NAE_ERA_R-1665_Eesti_Kunstnike_Liit, lk 156
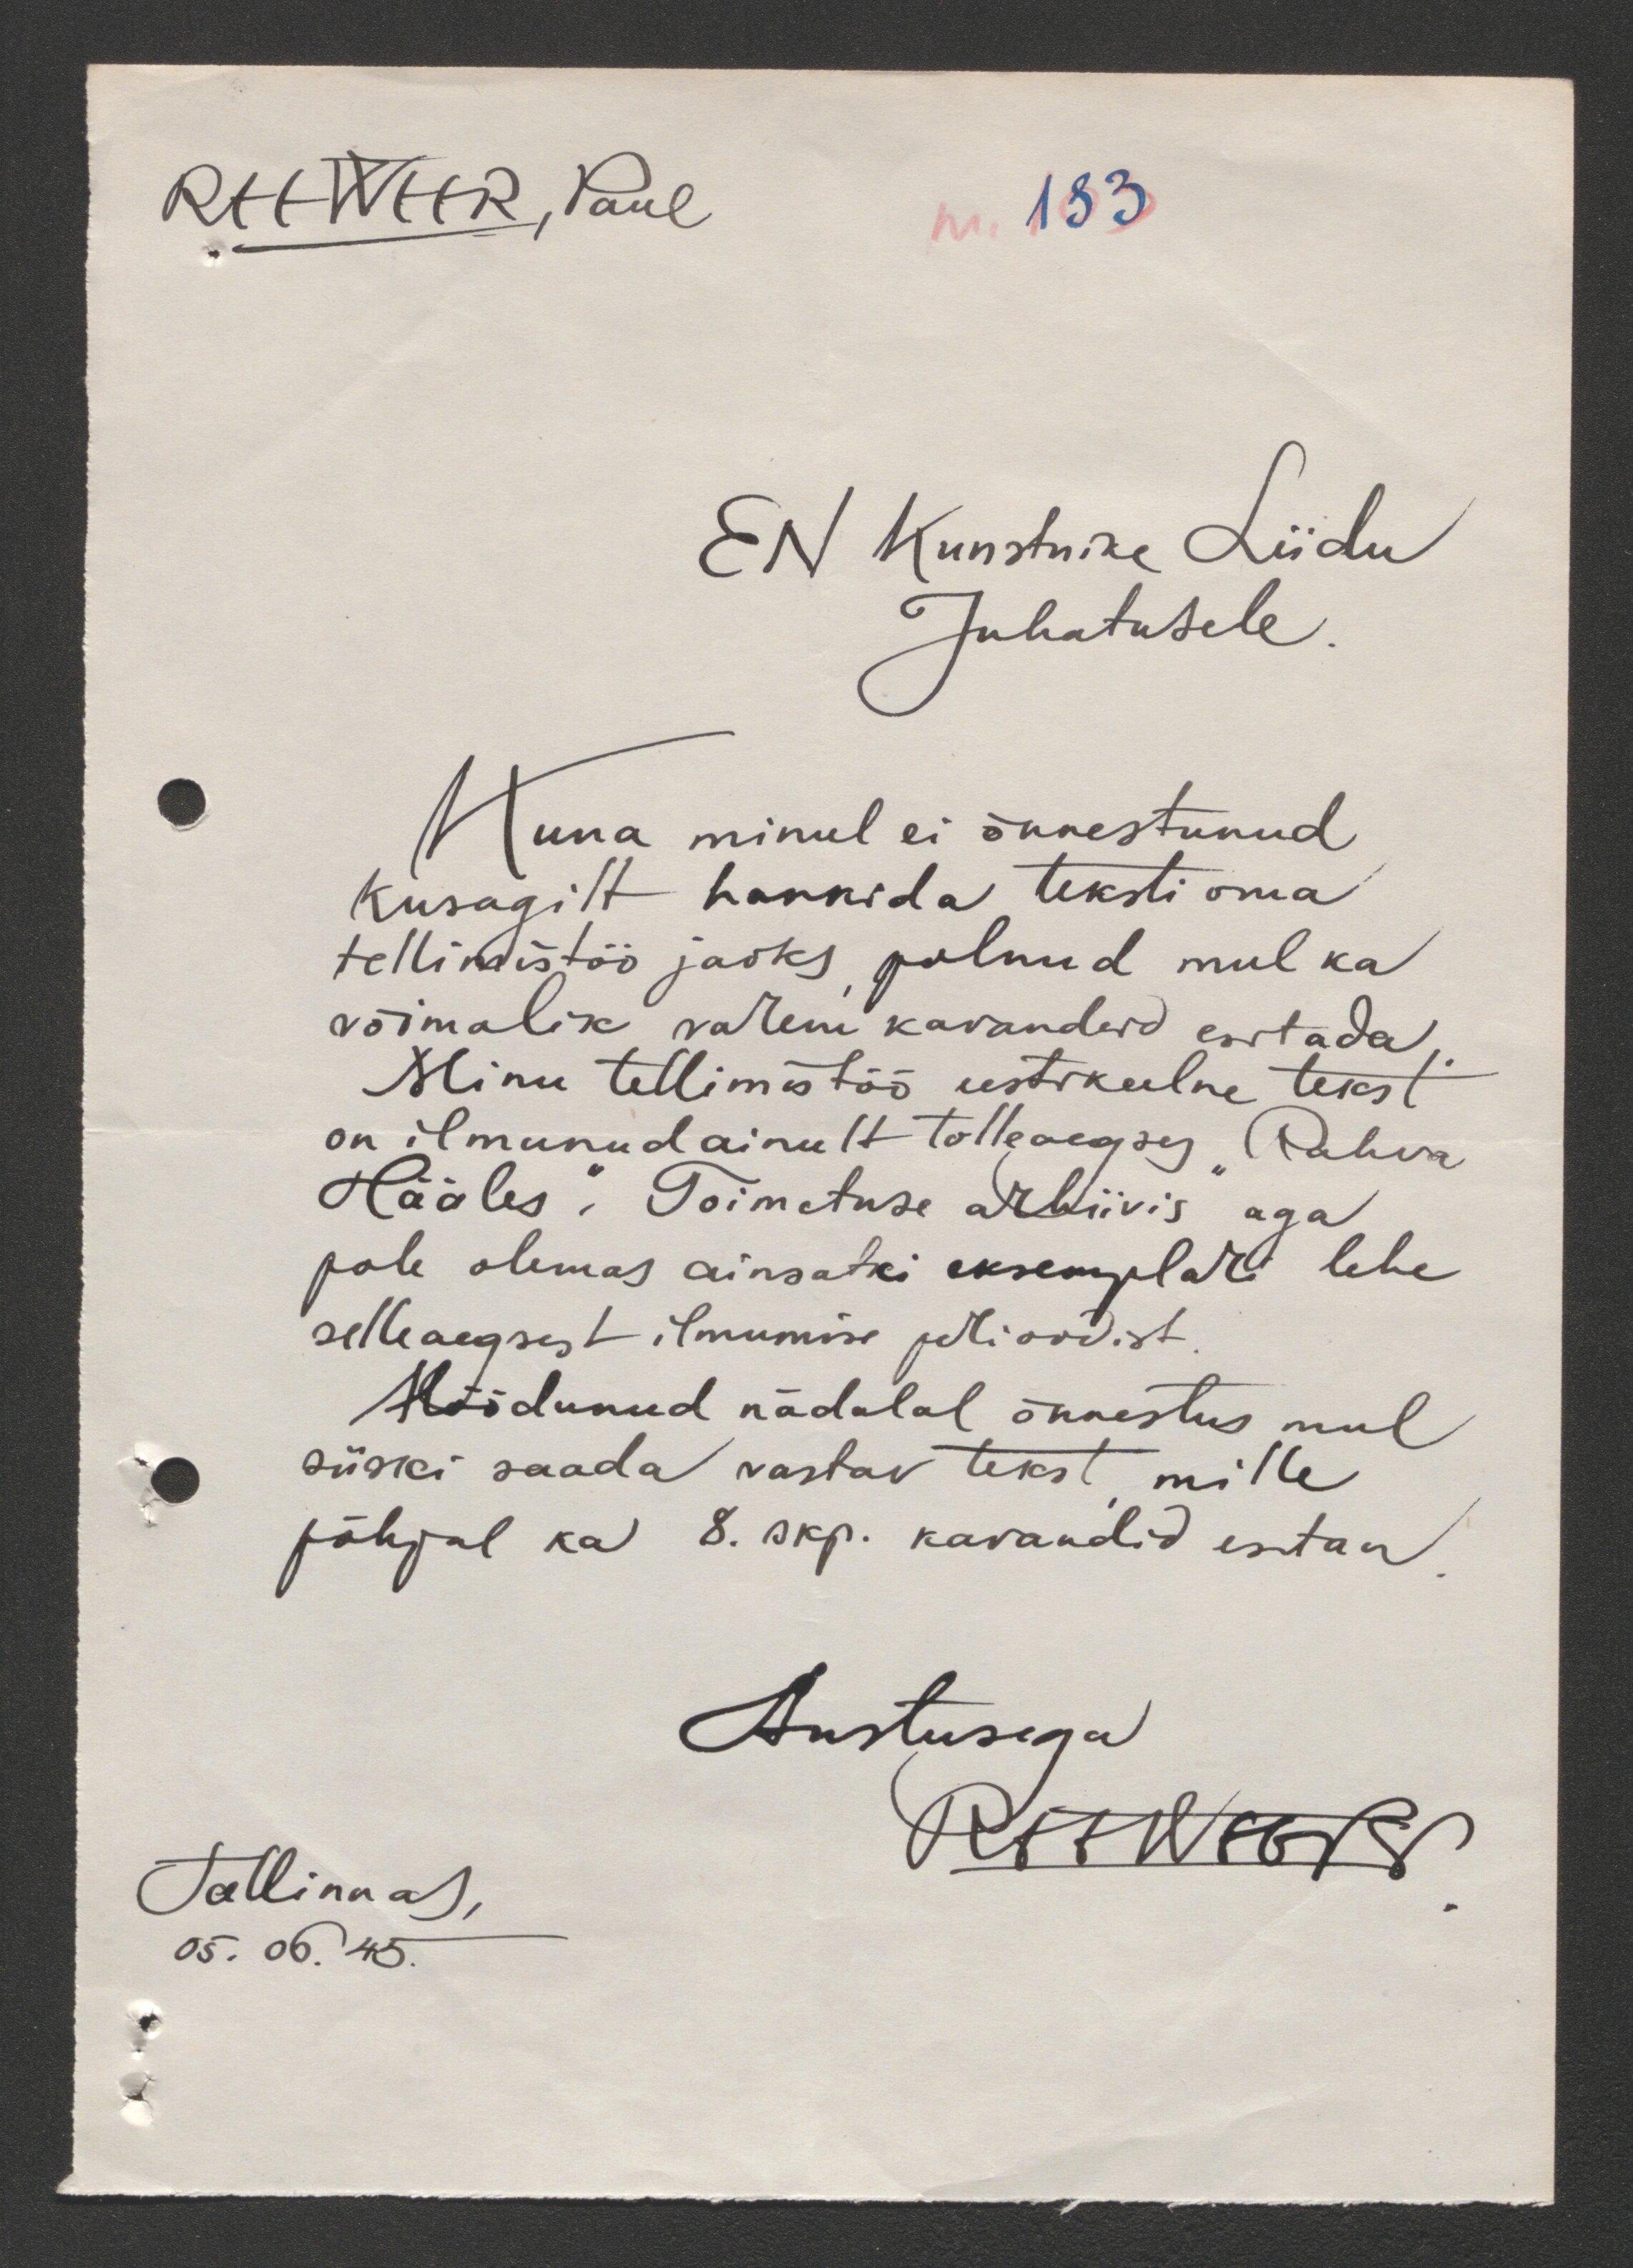
REEWEER, Paul
nr. 183
EN Kunstnike Liidu
Juhatusele.
Kuna minul ei õnnestunud
kusagilt hankida teksti oma
tellimistöö jaoks, polnud mul ka
võimalik varem kavandeid esitada.
Minu tellimistöö eestikeelne tekst
on ilmunud ainult tolleaegses "Rahva
Hääles", Toimetuse arhiivis aga
pole olemas ainsatki eksemplari lehe
selleaegsest ilmumise perioodist.
Möödunud nädalal õnnestus mul
siiski saada vastav tekst, mille
põhjal ka 8. skp. kavandid esitan.
Austusega
REEWEER
Tallinnas,
05. 06. 45.